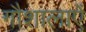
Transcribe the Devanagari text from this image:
गौशालाऐं